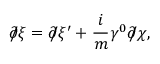
\partial \! \! \! / \xi = \partial \! \! \! / \xi ^ { \prime } + \frac { i } { m } \gamma ^ { 0 } \partial \! \! \! / \chi ,